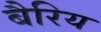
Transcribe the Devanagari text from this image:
बैरिय